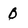
Character: 0